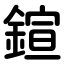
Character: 鍹